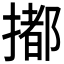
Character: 𢵋